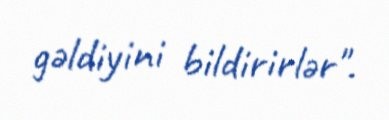
gəldiyini bildirirlər".